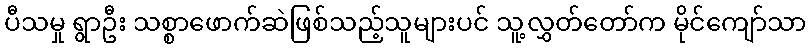
ပီသမှု ရွာဦး သစ္စာဖောက်ဆဲဖြစ်သည့်သူများပင် သူ့လွှတ်တော်က မိုင်ကျော်သာ